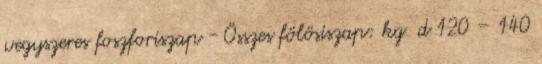
vegyszeres foszforiszap - Összes fölösiszap: kg d 120 – 140